Vaccination report Assam 1874-1896 - 1874-1896
Year: 1874
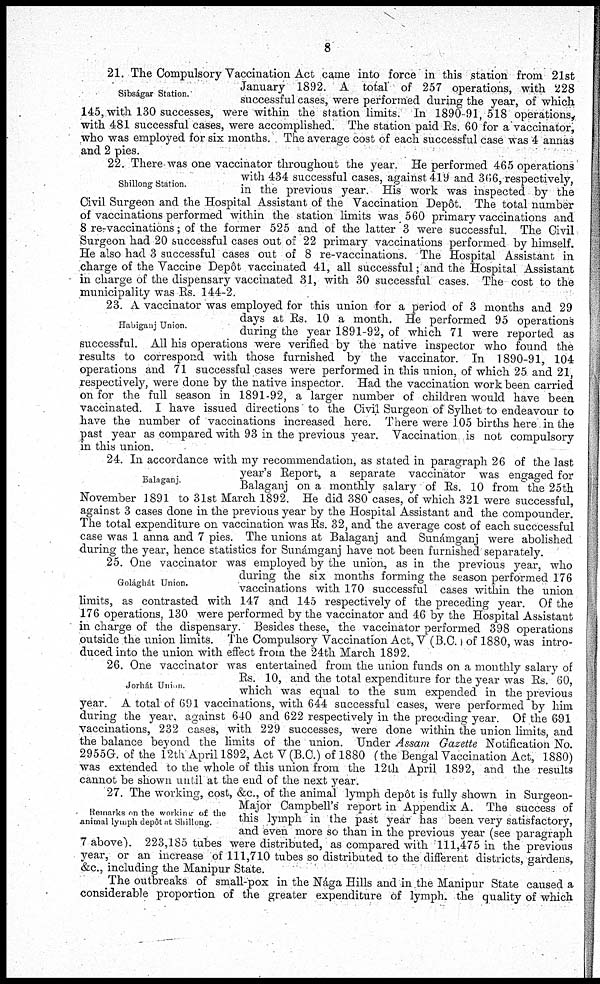
8
Sibságar Station.
21. The Compulsory Vaccination Act came into force in this station from 21st
January 1892. A total of 257 operations, with 228
successful cases, were performed during the year, of which
145, with 130 successes, were within the station limits. In 1890-91, 518 operations,
with 481 successful cases, were accomplished. The station paid Rs. 60 for a vaccinator,
who was employed for six months. The average cost of each successful case was 4 annas
and 2 pies.
Shillong Station.
22. There-was one vaccinator throughout the year. He performed 465 operations
with 434 successful cases, against 419 and 366, respectively,
in the previous year. His work was inspected by the
Civil Surgeon and the Hospital Assistant of the Vaccination Depôt. The total number
of vaccinations performed within the station limits was 560 primary vaccinations and
8 re-vaccinations; of the former 525 and of the latter 3 were successful. The Civil
Surgeon had 20 successful cases out of 22 primary vaccinations performed by himself.
He also had 3 successful cases out of 8 re-vaccinations. The Hospital Assistant in
charge of the Vaccine Depôt vaccinated 41, all successful; and the Hospital Assistant
in charge of the dispensary vaccinated 31, with 30 successful cases. The cost to the
municipality was Rs. 144-2.
Habiganj Union.
23. A vaccinator was employed for this union for a period of 3 months and 29
days at Rs. 10 a month. He performed 95 operations
during the year 1891-92, of which 71 were reported as
successful. All his operations were verified by the native inspector who found the
results to correspond with those furnished by the vaccinator. In 1890-91, 104
operations and 71 successful cases were performed in this union, of which 25 and 21,
respectively, were done by the native inspector. Had the vaccination work been carried
on for the full season in 1891-92, a larger number of children would have been
vaccinated. I have issued directions to the Civil Surgeon of Sylhet to endeavour to
have the number of vaccinations increased here. There were 105 births here in the
past year as compared with 93 in the previous year. Vaccination is not compulsory
in this union.
Balaganj.
24. In accordance with my recommendation, as stated in paragraph 26 of the last
year's Report, a separate vaccinator was engaged for
Balaganj on a monthly salary of Rs. 10 from the 25th
November 1891 to 31st March 1892. He did 380 cases, of which 321 were successful,
against 3 cases done in the previous year by the Hospital Assistant and the compounder.
The total expenditure on vaccination was Rs. 32, and the average cost of each succcessful
case was 1 anna and 7 pies. The unions at Balaganj and Sunámganj were abolished
during the year, hence statistics for Sunámgani have not been furnished separately.
Golághát Union.
25. One vaccinator was employed by the union, as in the previous year, who
during the six months forming the season performed 176
vaccinations with 170 successful cases within the union
limits, as contrasted with 147 and 145 respectively of the preceding year. Of the
176 operations, 130 were performed by the vaccinator and 46 by the Hospital Assistant
in charge of the dispensary. Besides these, the vaccinator performed 398 operations
outside the union limits. The Compulsory Vaccination Act, V (B.C.) of 1880, was intro-
duced into the union with effect from the 24th March 1892.
Jorhát Union.
26. One vaccinator was entertained from the union funds on a monthly salary of
Rs. 10, and the total expenditure for the year was Rs. 60,
which was equal to the sum expended in the previous
year. A total of 691 vaccinations, with 644 successful cases, were performed by him
during the year, against 640 and 622 respectively in the preceding year. Of the 691
vaccinations, 232 cases, with 229 successes, were done within the union limits, and
the balance beyond the limits of the union. Under Assam Gazette Notification No.
2955G. of the 12th April 1892, Act V (B.C.) of 1880 (the Bengal Vaccination Act, 1880)
was extended to the whole of this union from the 12th April 1892, and the results
cannot be shown until at the end of the next year.
Remarks on the working of the
animal lymph depôt at Shillong.
27. The working, cost, &c., or the animal lymph depôt is fully shown in Surgeon¬
Major Campbell's report in Appendix A. The success of
this lymph in the past year has been very satisfactory,
and even more so than in the previous year (see paragraph
7 above). 223,185 tubes were distributed, as compared with 111,475 in the previous
year, or an increase of 111,710 tubes so distributed to the different districts, gardens,
&c., including the Manipur State.
The outbreaks of small-pox in the Nága Hills and in the Manipur State caused a
considerable proportion of the greater expenditure of lymph, the quality of which